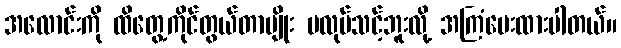
အလောင်းကို ထိတွေ့ကိုင်တွယ်တာမျိုး မလုပ်သင့်ဘူးလို့ အကြံပေးထားပါတယ်။